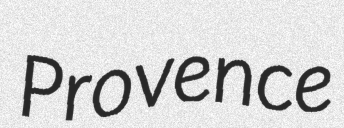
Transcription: Provence